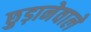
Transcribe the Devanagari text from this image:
छुड़ानेवाले